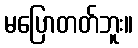
မပြောတတ်ဘူး။